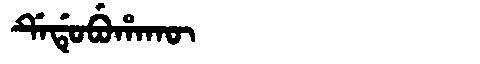
Manchu: ᡩᡝᡩᡠᠪᡠᡥᠠᡴᡡ
Romanization: DEDUBUHAKŪ